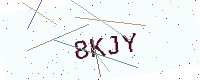
Text: 8KJY